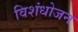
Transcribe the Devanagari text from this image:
विशंधोजन